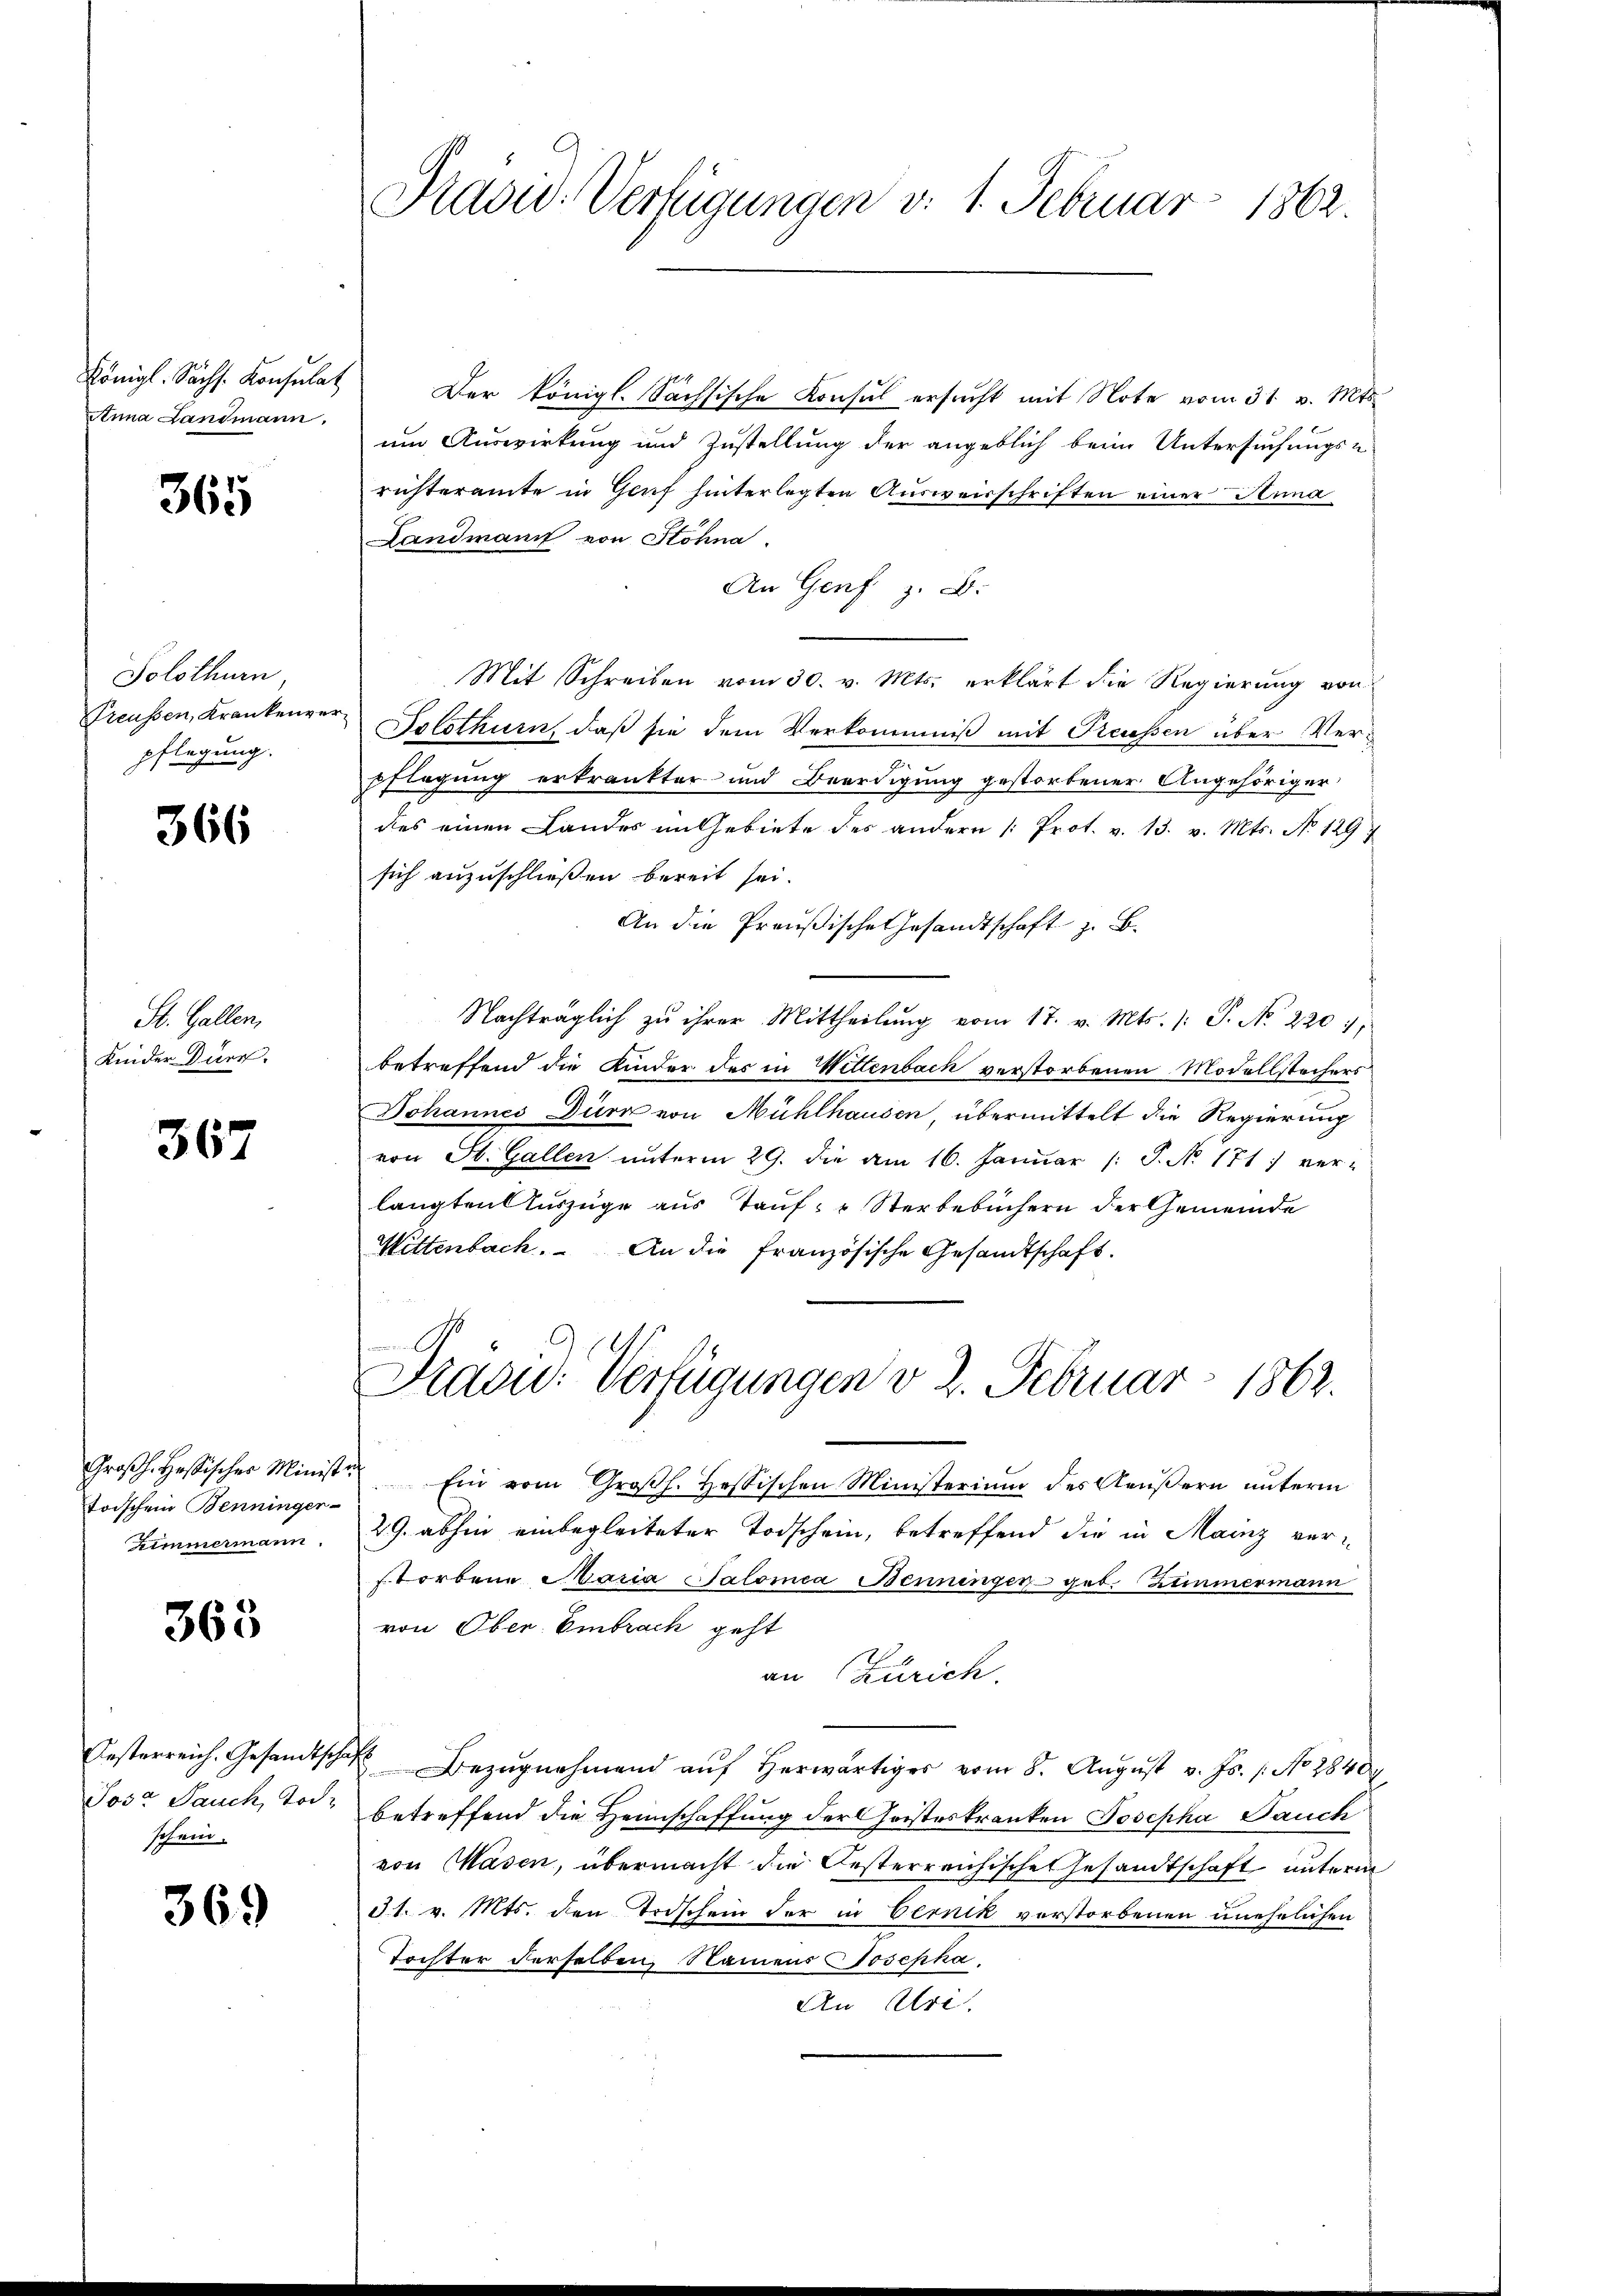
Anna Landmann.

365

Solothurn,
pflegung.

366

St. Gallen,
Kinder Dürr

367

toischen Benninger-
Zimmermann.

365

Jost Sauch, Tode
schein.

369

Praowd-Verfügungen v. 1. Februar 1862.

Königl. Sächs. Konsulat Der königl. Sächsische Konsul ersucht mit Note vom 31. v. Mts.
um Auswirkung und Zustellung der angeblich beim Untersuchungs-
risteramte in Genf hinterlegten Ausweisschriften einer Anna
Landmant von Stohna
An Genf z. B.
Mit Schreiben vom 30. v. Mts. erklärt die Regierung von
Preussen, Krankenver Solothurn, daß sie dem Verkommniß mit Preussen über Verpflegung erkränkter und Beerdigung gestorbener Angehöriger
des einen Landes im Gebiete des andern [Prot. v. 13. v. Mts. No. 1297
sich anzuschließen bereit sei.
An die Preußische Gesandtschaft z. B.
Nachträglich zu ihrer Mittheilung vom 17. v. Mts. /: P. No 2207,
betreffend die Kinder des in Wettenbach verstorbenen Modellstechers
Johannes Dürr von Mühlhausen, übermittelt die Regierung
von St. Gallen unterm 29. die am 16. Janŭar /: P. N. 171) ver-
langten Auszüge aus Tauf- & Sterbebüchern der Gemeinde
Wittenbach. An die französische Gesandtschaft.

Pravid: Verfügungen v. 2. Februar 1863.

Groβh. Hessischer Ministe Ein vom Groβh. Hessischen Ministerium des Aŭβern ŭnterm
29. abhin einbegleiteter Todschein, betreffend die in Mainz verstorbene Maria Salomea Benninger geb. Zimmermann
von Ober-Embrach geht
an Zürich.
Oesterreich. Gesandtschaft Bezugnahmend aŭf herwärtiger vom 8. August v. Js. 1. No 2840
betreffend die Heimschaffung der Geisteskranken Josepha Pauch
von Masen, übermacht die Oesterreichische Gesandtschaft unterm
31. v. Mts. den Todschein der in Bernik verstorbenen unehelichen
Tochter derselben, Namens Josepha
An Uri.